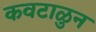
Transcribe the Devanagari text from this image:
कवटाळुन